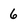
Character: 6